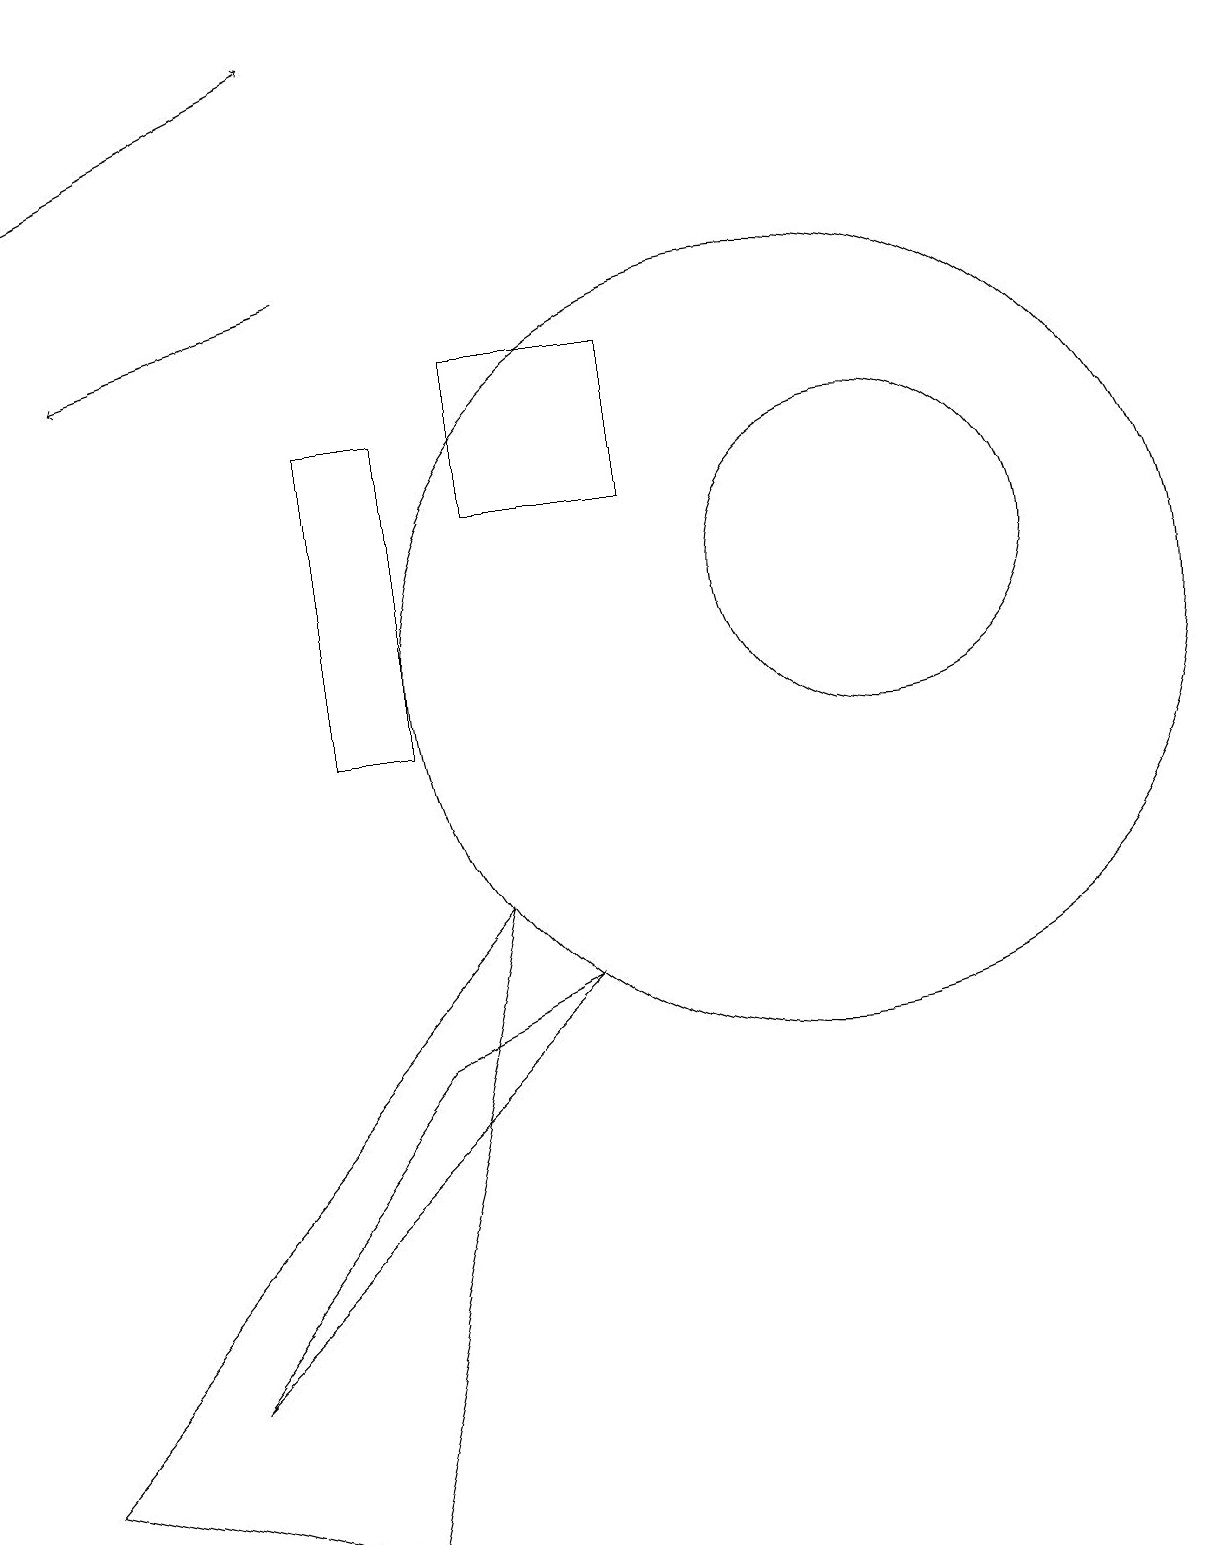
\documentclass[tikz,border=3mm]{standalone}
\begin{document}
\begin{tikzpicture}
\draw (10,11) circle (5);
\draw (2,2) -- (5,6) -- (7,7) -- cycle;
\draw (4,0) -- (6,8) -- (0,1) -- cycle;
\draw[->] (4,16) -- (1,15);
\draw[->] (0,17) -- (4,19);
\draw (6,15) rectangle (8,13);
\draw (11,12) circle (2);
\draw (5,14) rectangle (4,10);
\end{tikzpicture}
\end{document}